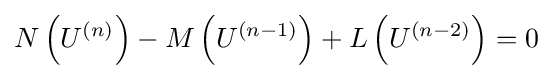
N\left(U^{\left(n\right)}\right)-M\left(U^{\left({n-1}\right)}\right)+L\left(U^{\left({n-2}\right)}\right)=0